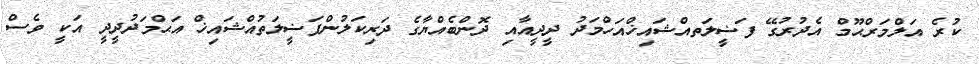
ކުރެ އަލްމަރްޙޫމް އެދުރުގޭ ފަޟީލަތއްޝައިޚްއަހްމަދު ދީދީއާއި ދޮންބެއްޔާގެ ދަރިކަލުންފަޟީލަތުއްޝައިޚް އަޙްމަދުދީދީ އަކީ ވެސް